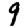
Digit: 9